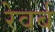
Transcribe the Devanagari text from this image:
रेवर्ब